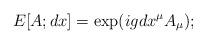
LaTeX: \begin{align*}E[A;dx]=\exp(i g dx^{\mu} A_{\mu});\end{align*}